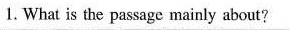
1. What is the passage mainly about?